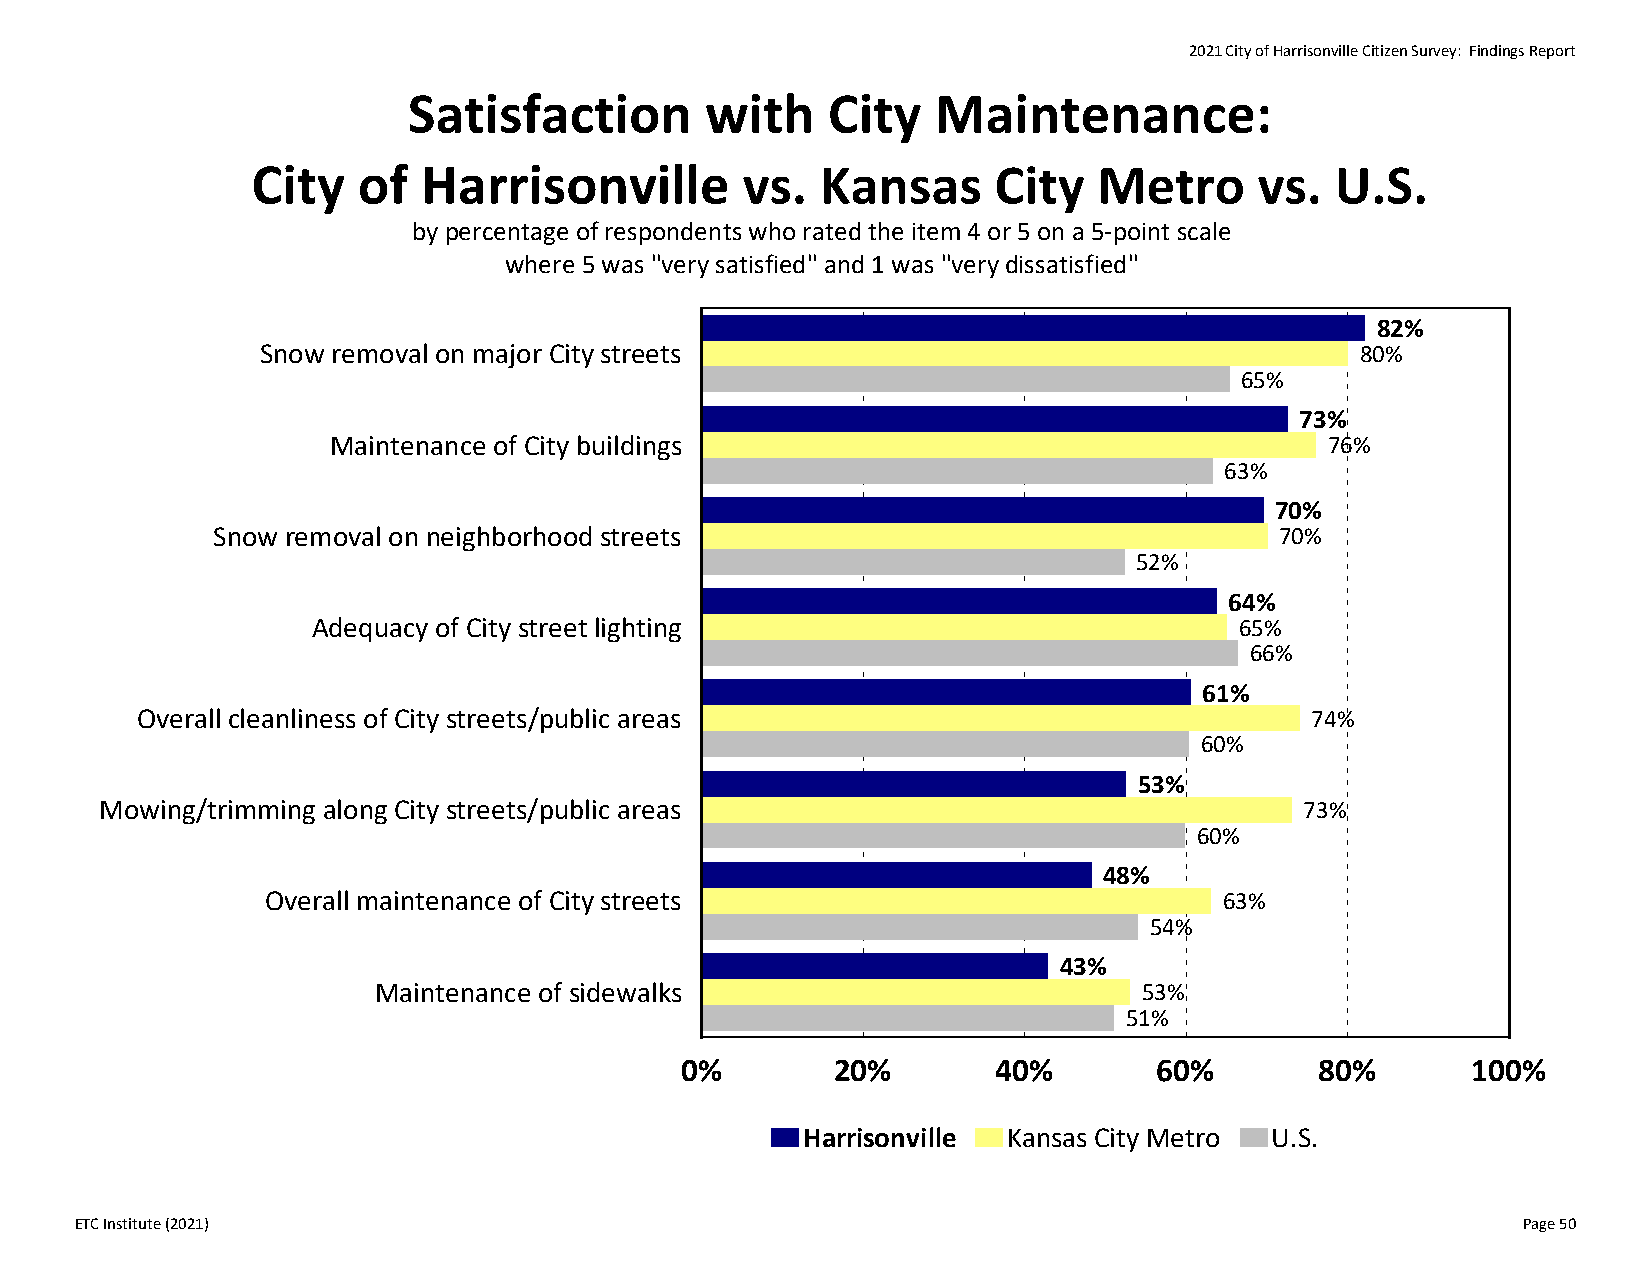
2021 City of Harrisonville Citizen Survey: Findings Report
 Satisfaction        with    City   Maintenance:
 City   of  Harrisonville        vs.  Kansas      City   Metro     vs.  U.S.
 by percentage of respondents who rated the item 4 or 5 on a 5‐point scale
 where 5 was "very satisfied" and 1 was "very dissatisfied"
 82%
 Snow removal on major City streets                                       80%
 65%
 73%
 Maintenance of City buildings                                     76%
 63%
 70%
 Snow removal on neighborhood streets                                   70%
 52%
 64%
 Adequacy of City street lighting                             65%
 66%
 61%
 Overall cleanliness of City streets/public areas                              74%
 60%
 53%
 Mowing/trimming along City streets/public areas                                73%
 60%
 48%
 Overall maintenance of City streets                            63%
 54%
 43%
 Maintenance of sidewalks                           53%
 51%
 0%        20%        40%        60%       80%       100%
 Harrisonville Kansas City Metro U.S.
 ETC Institute (2021)                                                                            Page 50